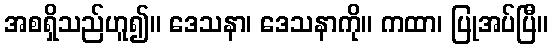
အစရှိသည်ဟူ၍။ ဒေသနာ၊ ဒေသနာကို။ ကထာ၊ ပြုအပ်ပြီ။